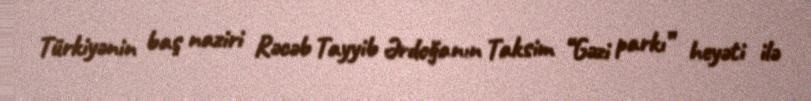
Türkiyənin baş naziri Rəcəb Tayyib Ərdoğanın Taksim “Gəzi parkı” heyəti ilə